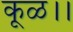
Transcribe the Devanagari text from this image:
कूळ।।